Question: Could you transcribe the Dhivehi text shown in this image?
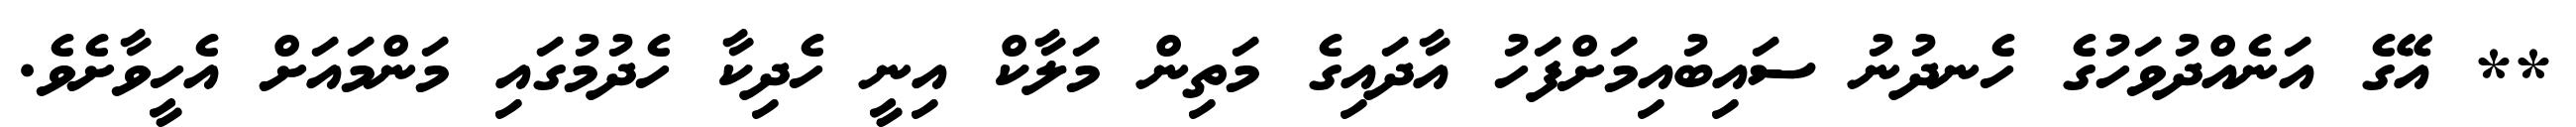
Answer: ** އޭގެ އަނެއްދުވަހުގެ ހެނދުނު ސައިބުއިމަށްފަހު އާދައިގެ މަތިން މަލާކް އިނީ ހެދިކާ ހެދުމުގައި މަންމައަށް އެހީވާށެވެ.